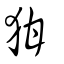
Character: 狧